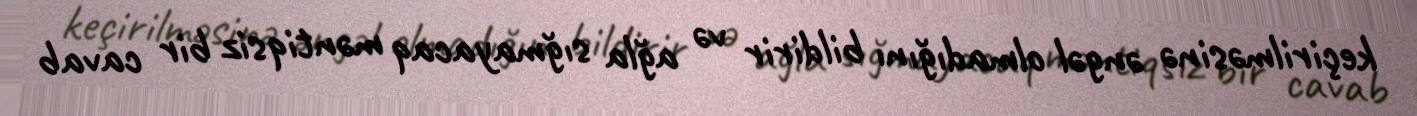
keçirilməsinə əngəl olmadığını bildirir və ağla sığmayacaq məntiqsiz bir cavab